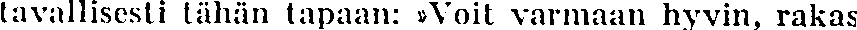
tavallisesti tähän tapaan: »Voit varmaan hyvin, rakas